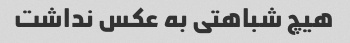
هیچ شباهتی به عکس نداشت